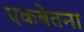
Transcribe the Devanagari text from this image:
एकबेतना